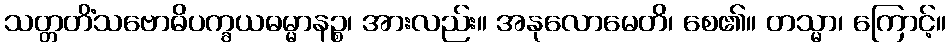
သတ္တတိံသဗောဓိပက္ခယဓမ္မာနဉ္စ၊ အားလည်း။ အနုလောမေတိ၊ စေ၏။ တသ္မာ၊ ကြောင့်။